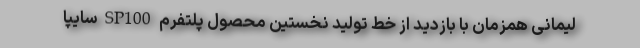
لیمانی همزمان با بازدید از خط تولید نخستین محصول پلتفرم SP100 سایپا